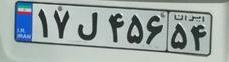
۱۷ل۴۵۶۵۴